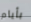
بأيام